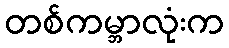
တစ်ကမ္ဘာလုံးက